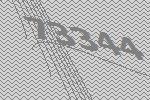
73344